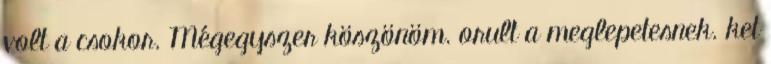
volt a csokor. Mégegyszer köszönöm. orult a meglepetesnek. ket